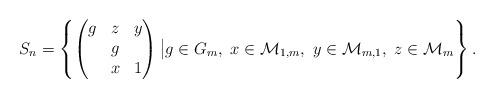
LaTeX: \begin{align*} S_n=\left\{\begin{pmatrix} g & z & y \\ & g & \\ & x &1 \end{pmatrix}\big| g\in G_m,\ x\in \mathcal{M}_{1,m},\ y\in \mathcal{M}_{m,1},\ z\in\mathcal{M}_m\right\}.\end{align*}